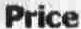
PRICE